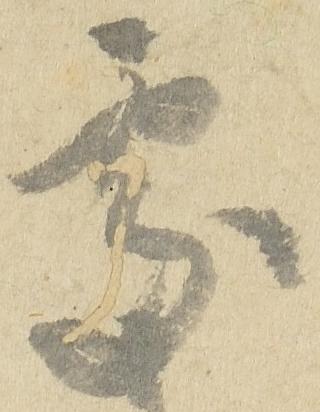
処